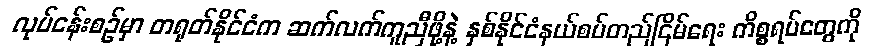
လုပ်ငန်းစဉ်မှာ တရုတ်နိုင်ငံက ဆက်လက်ကူညီဖို့နဲ့ နှစ်နိုင်ငံနယ်စပ်တည်ငြိမ်ရေး ကိစ္စရပ်တွေကို